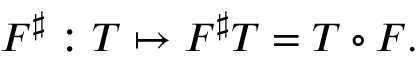
F ^ { \sharp } : T \mapsto F ^ { \sharp } T = T \circ F .